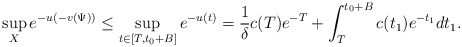
\begin{align*}\sup\limits_{X}e^{-u(-v(\Psi))} \le\sup\limits_{t\in[T,t_0+B]}e^{-u(t)}=\frac{1}{\delta}c(T)e^{-T}+\int^{t_0+B}_T c(t_1)e^{-t_1}dt_1.\end{align*}